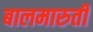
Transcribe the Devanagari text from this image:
बालमारुती